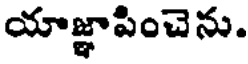
యాజ్ఞాపించెను.